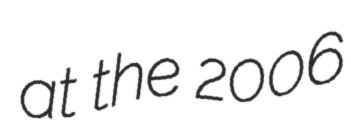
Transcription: at the 2006